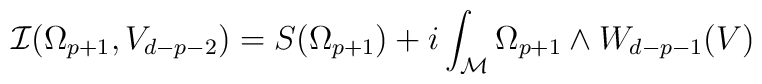
{\cal{I}}(\Omega_{p+1},V_{d-p-2})=S(\Omega_{p+1})+i\int_{\cal{M}}\Omega_{p+1}\wedge{}W_{d-p-1}(V){}